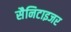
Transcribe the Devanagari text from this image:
सैनिटाइजर